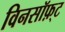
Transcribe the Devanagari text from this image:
विनसॉफ़्ट